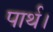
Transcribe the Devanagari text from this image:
पार्थ।